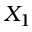
X _ { 1 }